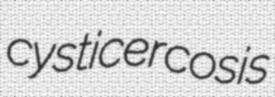
cysticercosis